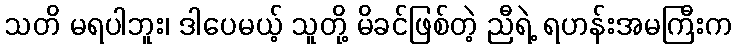
သတိ မရပါဘူး၊ ဒါပေမယ့် သူတို့ မိခင်ဖြစ်တဲ့ ညီရဲ့ ရဟန်းအမကြီးက